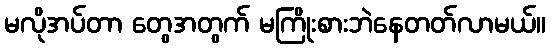
မလိုအပ်တာ တွေအတွက် မကြိုးစားဘဲနေတတ်လာမယ်။